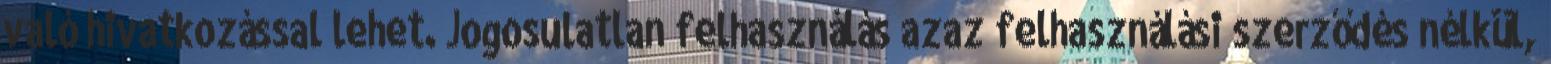
való hivatkozással lehet. Jogosulatlan felhasználás azaz felhasználási szerződés nélkül,